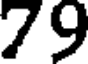
79